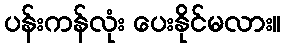
ပန်းကန်လုံး ပေးနိုင်မလား။